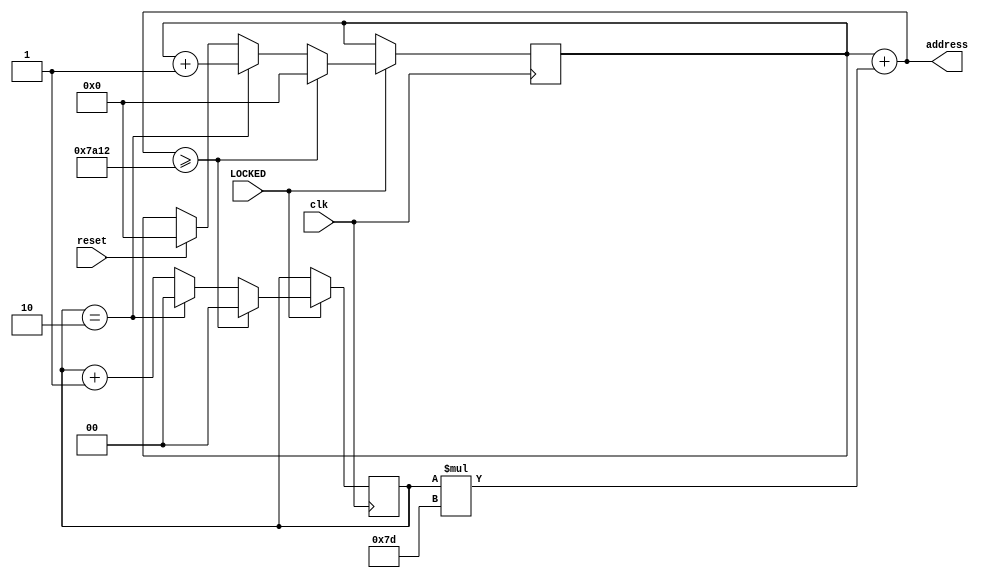
`timescale 1ns / 1ps
//////////////////////////////////////////////////////////////////////////////////
// Company: 
// Engineer: 
// 
// Design Name: 
// Module Name:    address_generator 
// Project Name: 
// Target Devices: 
// Tool versions: 
// Description: 
//
// Dependencies: 
//
// Revision: 
// Revision 0.01 - File Created
// Additional Comments: 
//
//////////////////////////////////////////////////////////////////////////////////
module address_generator(
		input clk,
		input reset,
		input LOCKED,
		output [14:0] address
    );
	 
	 
	 //hyper parameter
	parameter row = 125;


	reg [1:0] step = 0;
	reg [14:0] cnt = 0;





	assign address = cnt + step * row;
	
	
	always@(posedge clk) 
		if(LOCKED)
		begin
		if(reset)
			begin
				cnt <= 0;
				step <= 0;
			end
		
				step <= step + 1;	
				
				if(step == 2)
				begin
					cnt <= cnt + 1;
					step <= 0;
				end
			
			if (address  >= 31250) begin
					cnt <= 0;
					step <= 0;
				end
				
		end
endmodule